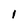
Character: I